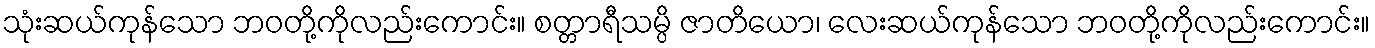
သုံးဆယ်ကုန်သော ဘဝတို့ကိုလည်းကောင်း။ စတ္တာရီသမ္ပိ ဇာတိယော၊ လေးဆယ်ကုန်သော ဘဝတို့ကိုလည်းကောင်း။